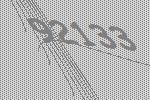
92133